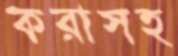
করাসহ